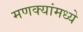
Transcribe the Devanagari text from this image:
मणक्यांमध्ये